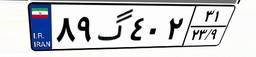
۸۹گ۴۰۲۳۱